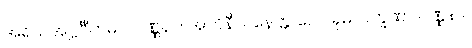
အရိယအဋ္ဌင်္ဂီကမဂ္ဂ ဝဏ္ဏနာ။ အဘိနီလနေတ္တ ဂေါပခုမလက္ခဏာ ဝဏ္ဏနာ။